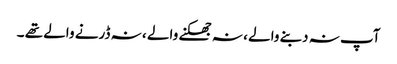
آپ نہ دبنے والے ، نہ جھکنے والے ، نہ ڈرنے والے تھے ۔